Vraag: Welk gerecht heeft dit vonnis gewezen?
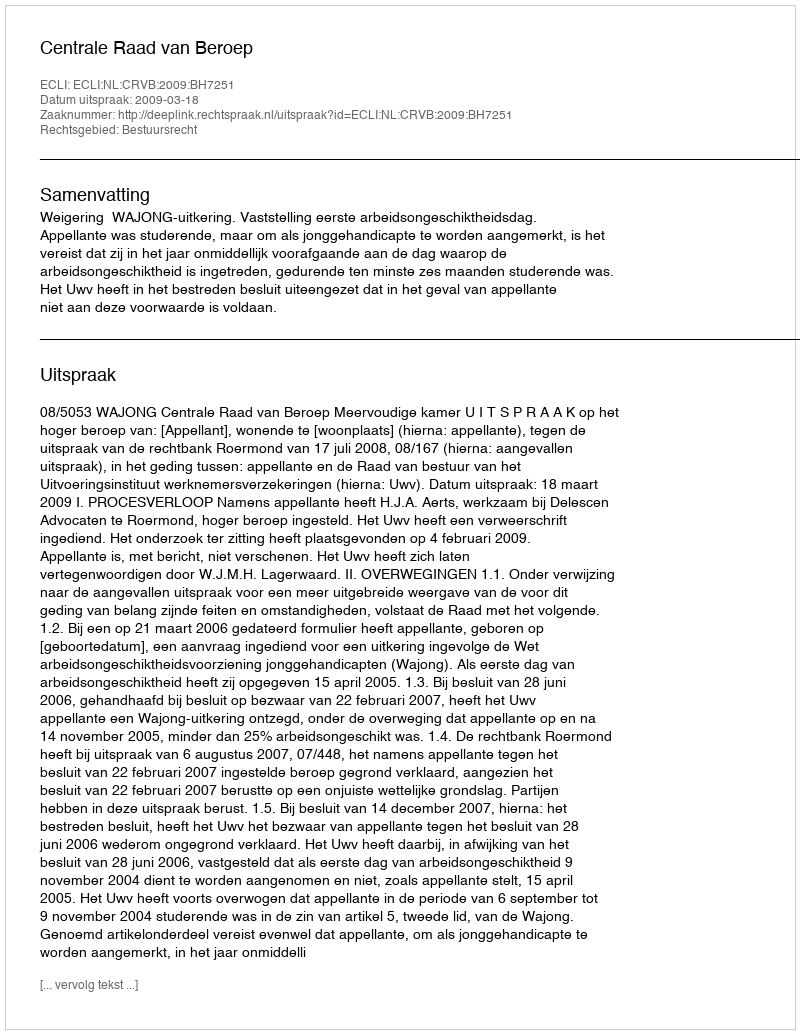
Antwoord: Centrale Raad van Beroep